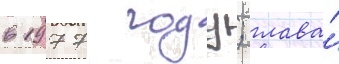
в 1977 году; глава́